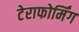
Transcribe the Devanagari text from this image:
टेराफोर्मिंग